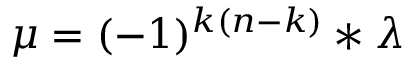
\mu = ( - 1 ) ^ { k ( n - k ) } \ast \lambda